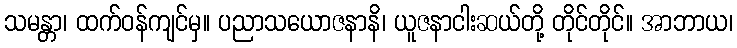
သမန္တာ၊ ထက်ဝန်ကျင်မှ။ ပညာသယောဇနာနိ၊ ယူဇနာငါးဆယ်တို့ တိုင်တိုင်။ အာဘာယ၊